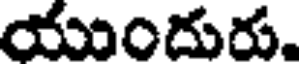
యుందురు.